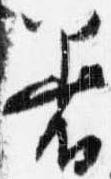
着